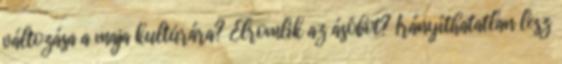
változása a maja kultúrára? Elromlik az ásóbot? Irányíthatatlan lesz